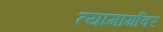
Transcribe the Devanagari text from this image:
त्यामार्गावर